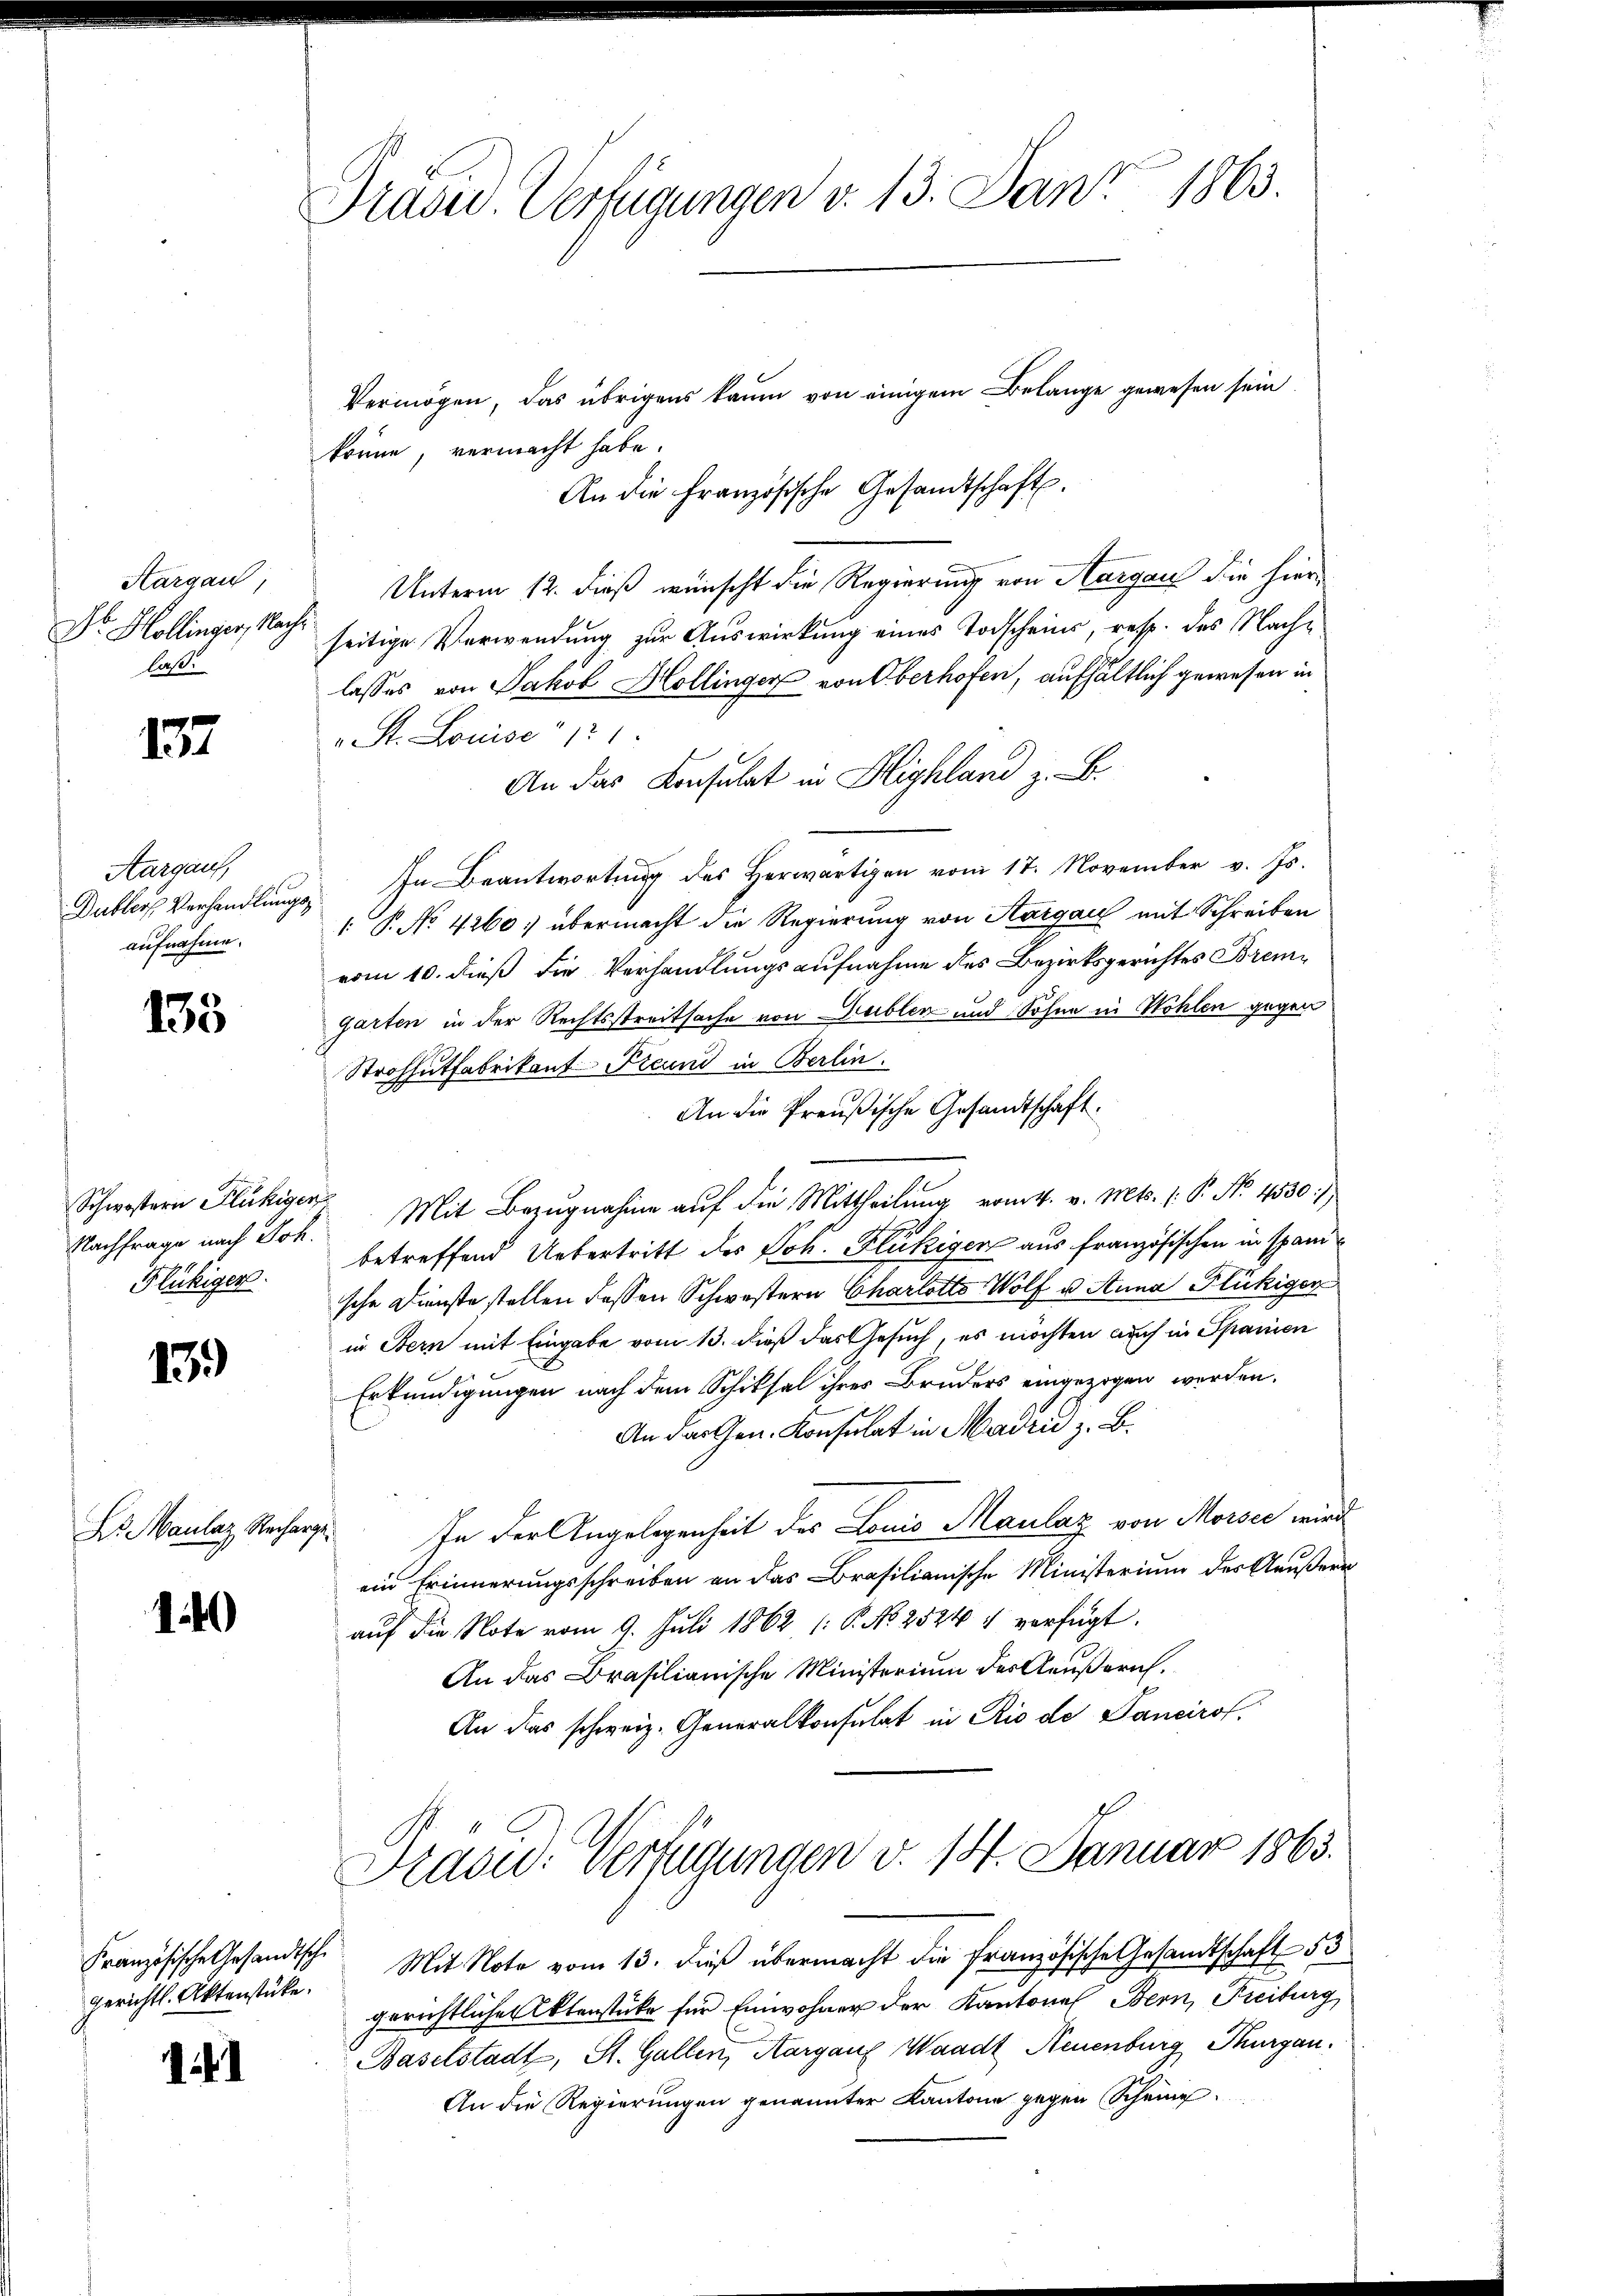
Aargau
Dr. Hollinger, Nacht
laß.

137

Aargau,
aufnahme.

133

Schwistern Flückigen
Flukiger.

139)

Dr Maulaz, Recharge¬

140

gerichtl. Aktenstücke.

i

Präsid.. Verfügungen v. 13. Jan. 1863.

Vermögen, das übrigens kaum von einigem Belange gewesen sein.
könne, vermacht habe.
An die Französische Gesandtschaft.
Unterm 12. dieß wünscht die Regierung von Aargau die hierseitige Verwendung zur Auswirkung eines Todscheins, resp. des Nachlasses von Jakob Hollinger von Oberhofen, aufhältlich gewesen in
 St. Louise 121.
An das Konsulat in Highland z. B.
Dubler Verhandlŭngs. In Beantwortŭng des herwärtigen vom 17. November v. Js.
 P. No 4260: übermacht die Regierung von Aargau mit Schreiben
vom 10. dieß die Verhandlungsaufnahme des Bezirksgerichtes Bremgarten in der Rechtsstreitsache von Gublen und Sohne in Wohlen gegen
Strohhutfabrikant Freund in Berlin.
An die Preußische Gesandtschaft.
Nachfrage nach Joh. Mit Bezugnahme auf die Mittheilung vom 4. v. Mts. (: P. No. 4530.
betreffend Uebertritt des Joh. Flückigen aus französischen in spani
sche Dienste stellen dessen Schwestern Charlotto Wolf u. Anna Flückiger
in Bern mit Eingabe vom 13. dieß das Gesuch, es möchten auch in Spanien
Erkundigungen nach dem Schiksal ihres Bruders eingezogen werden.
An das Gen. Konsulat in Madzić z. B.
In der Angelegenheit des Louis Maulaz von Morsee wird
ein Erinnerungsschreiben an das Brasilianische Ministerium des Aeußern
auf die Note vom 9. Juli 1862 (: P. No 2524 u verfügt.
An das Brasilianische Ministerium des Aeußeruch.
An das schweiz. Generalkonsulat in Rio de Pancirol.
Tradid. Verfügungen v. 14. Januar 1863.
Französische Gesandtsch. Mit Note vom 13. dieß übermacht die französische Gesandtschaft 53
gerichtlicher Aktenstüke für Einwohner der Kantone Bern, Freiburg
Baselstadt, St. Gallen, Aargauf Waadt Neuenburg Thurgau.
An die Regierungen genannter Kantone gegen Scheine